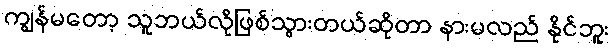
ကျွန်မတော့ သူဘယ်လိုဖြစ်သွားတယ်ဆိုတာ နားမလည် နိုင်ဘူး